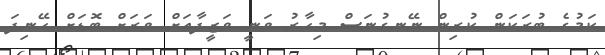
ކަމުގެ ބުރަކަން ކުރިން ނޭނގުނަސް މިހާރު ވަނީ ވަޒީފާއަށް ވަރަށް ބޮޑަށް ހޭނިފަ